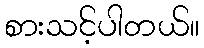
စားသင့်ပါတယ်။